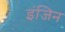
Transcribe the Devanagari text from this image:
इंजिन